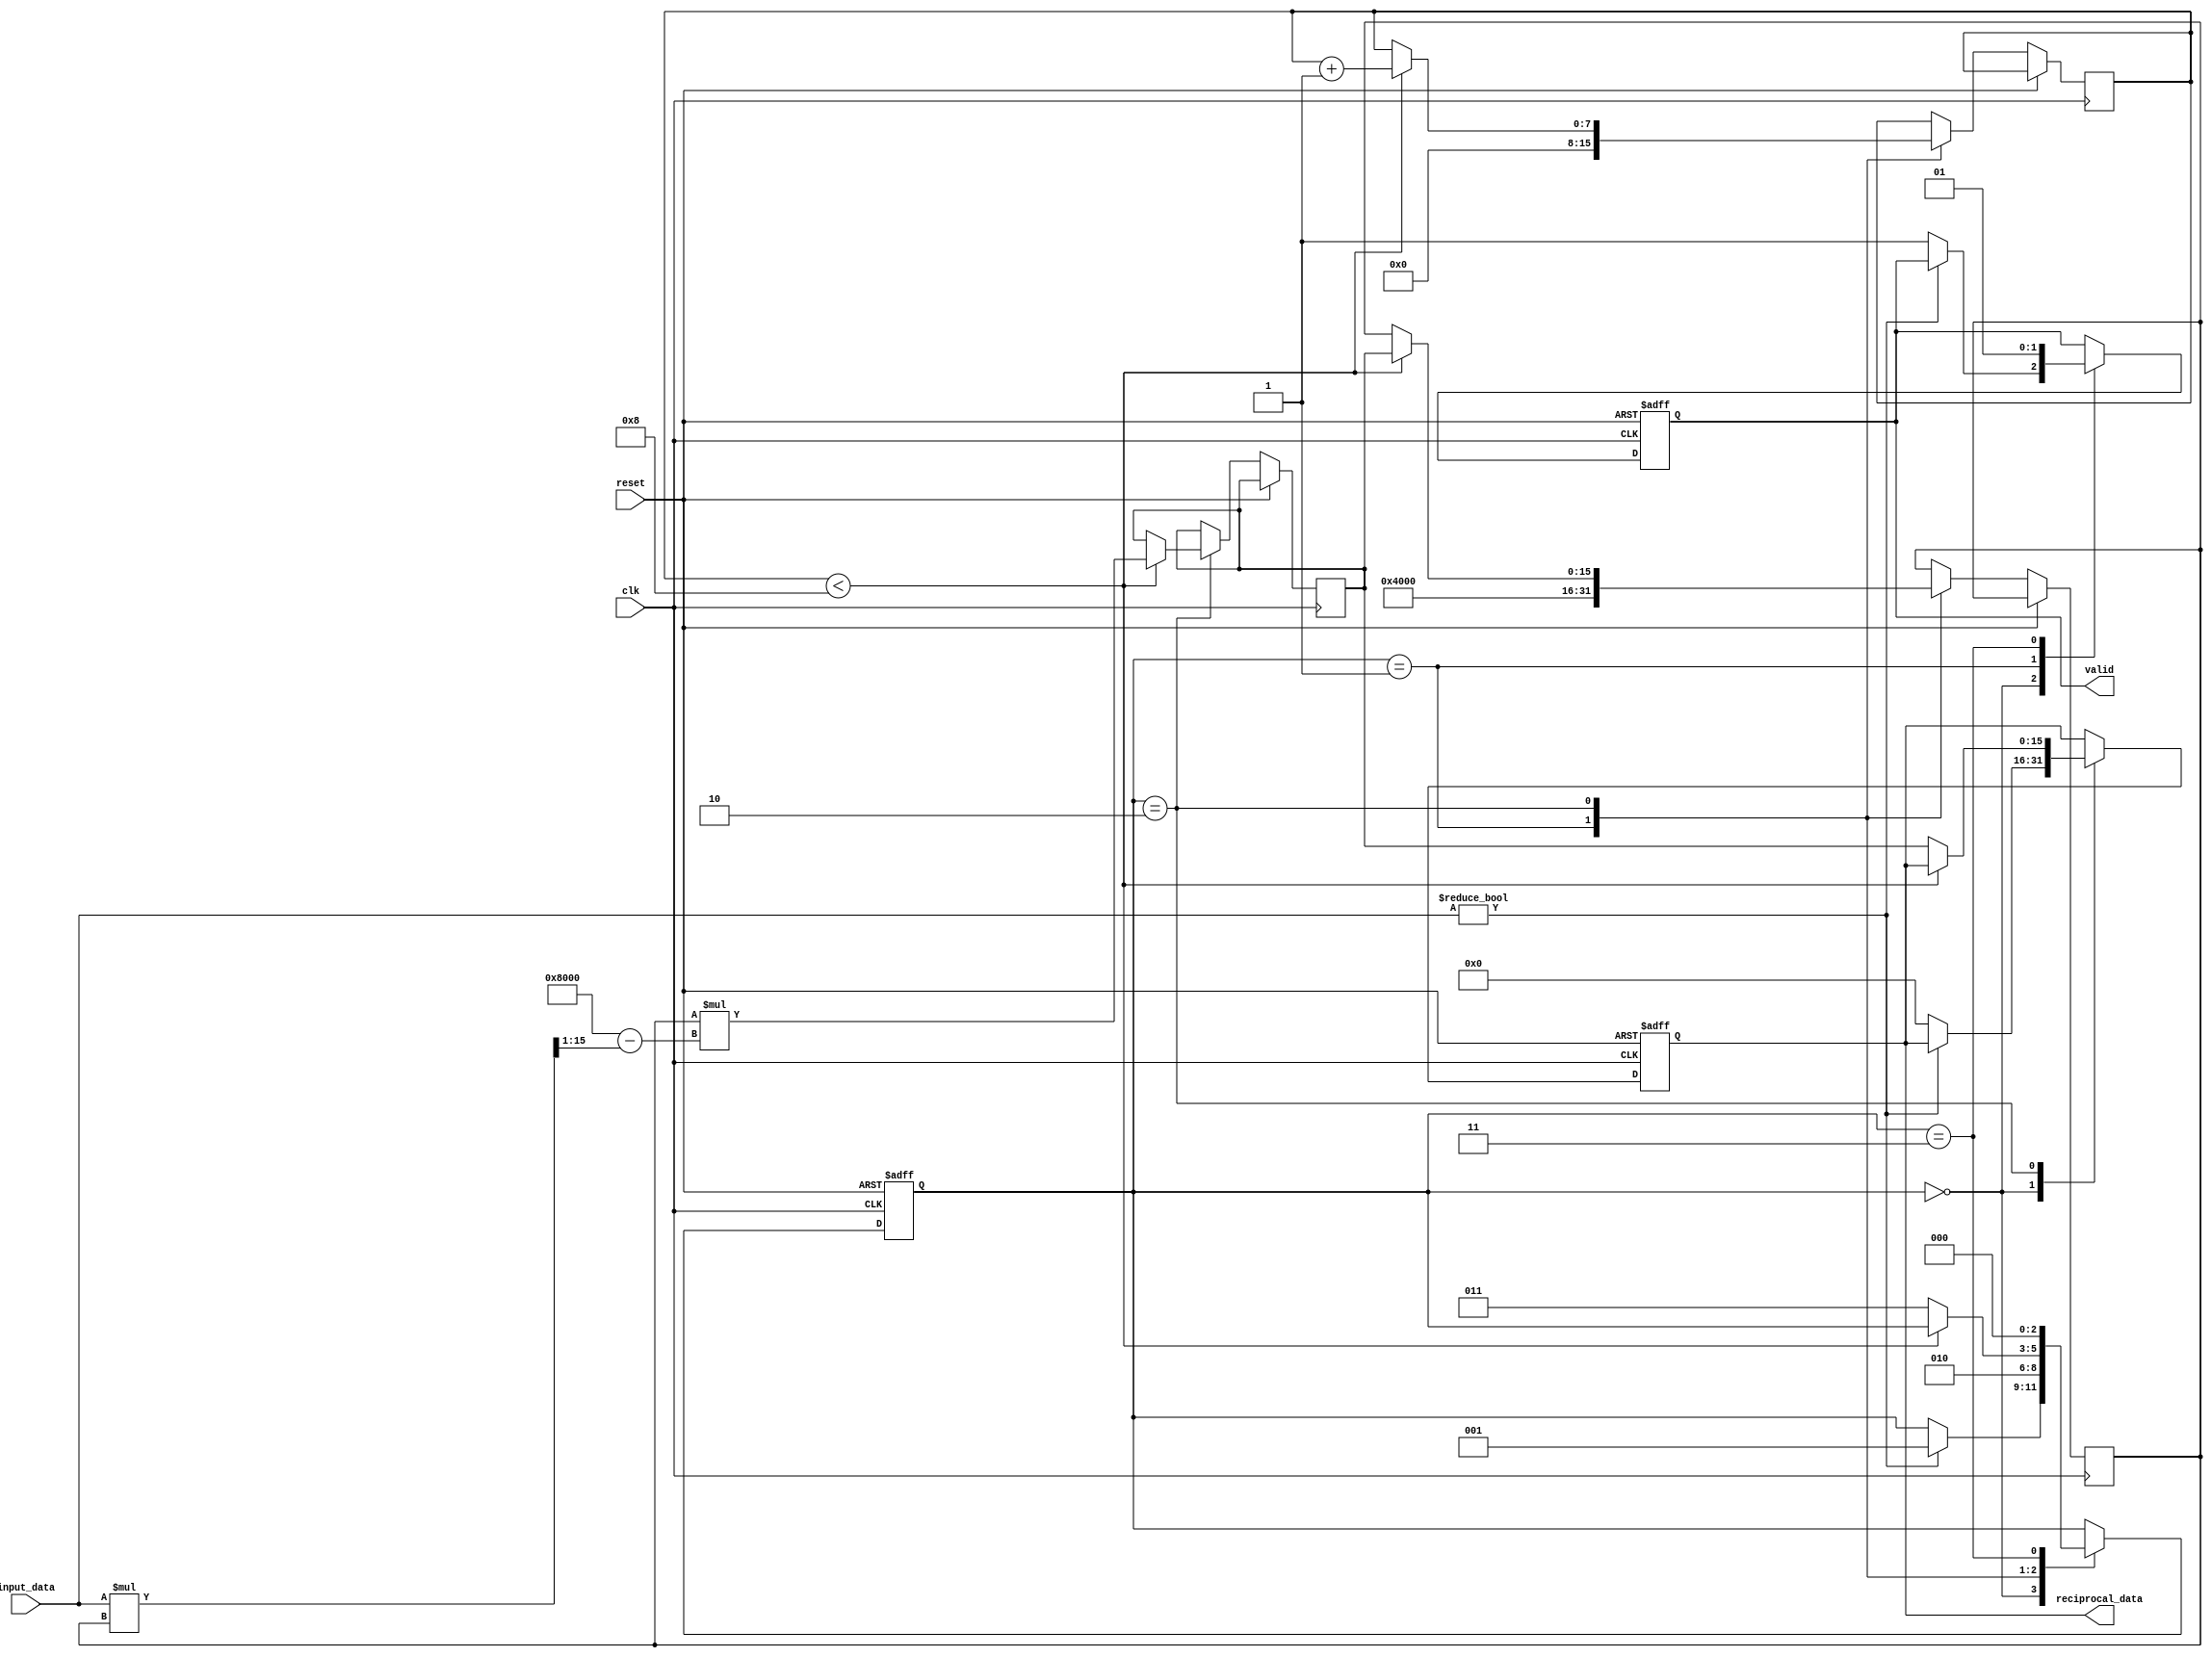
module fixed_point_reciprocal (
    input [15:0] input_data,  // Fixed-point input, e.g., Q1.15 format
    input clk,
    input reset,
    output reg [15:0] reciprocal_data,  // Fixed-point reciprocal output
    output reg valid              // Valid signal for the output
);

reg [2:0] state;                // State machine for control
parameter IDLE     = 3'b000,
          START    = 3'b001,
          COMPUTE  = 3'b010,
          DONE     = 3'b011;

// Intermediate variables for Newton-Raphson calculation
reg [15:0] guess;
reg [15:0] new_guess;
reg [7:0] iteration_count;      // Simple counter to limit iterations
parameter MAX_ITERATIONS = 8;   // Maximum iterations for convergence

// Detecting zero and initializing state
always @(posedge clk or posedge reset) begin
    if (reset) begin
        state <= IDLE;
        valid <= 0;
        reciprocal_data <= 16'b0;
    end else begin
        case (state)
            IDLE: begin
                if (input_data != 16'b0) begin
                    state <= START;
                end else begin
                    reciprocal_data <= 16'b0;  // Handle division by zero case
                    valid <= 1'b1;              // Output zero when input is zero
                end
            end

            START: begin
                guess <= 16'h4000; // Initial guess for reciprocal (0.25 in Q1.15)
                iteration_count <= 0;
                state <= COMPUTE;
                valid <= 0;         // Reset valid until computation done
            end

            COMPUTE: begin
                if (iteration_count < MAX_ITERATIONS) begin
                    new_guess <= guess * (16'h8000 - (input_data * guess >> 1)); // Newton-Raphson update
                    guess <= new_guess;
                    iteration_count <= iteration_count + 1;
                end else begin
                    reciprocal_data <= new_guess;  // Final guess is the result
                    state <= DONE;
                end
            end

            DONE: begin
                valid <= 1'b1;     // Output is valid
                state <= IDLE;     // Go back to IDLE
            end
        endcase
    end
end

endmodule